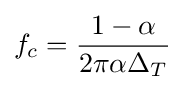
f_{c}={\frac {1-\alpha }{2\pi \alpha \Delta _{T}}}